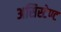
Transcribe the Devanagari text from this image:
असिस्टेण्ट